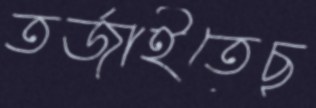
তর্জাইতেছ